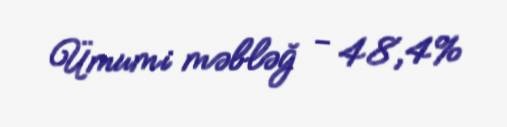
Ümumi məbləğ - 48,4%